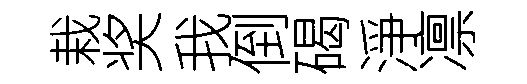
栽奖我倒碣淨凛